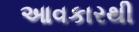
આવકારથી